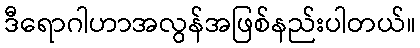
ဒီရောဂါဟာအလွန်အဖြစ်နည်းပါတယ်။